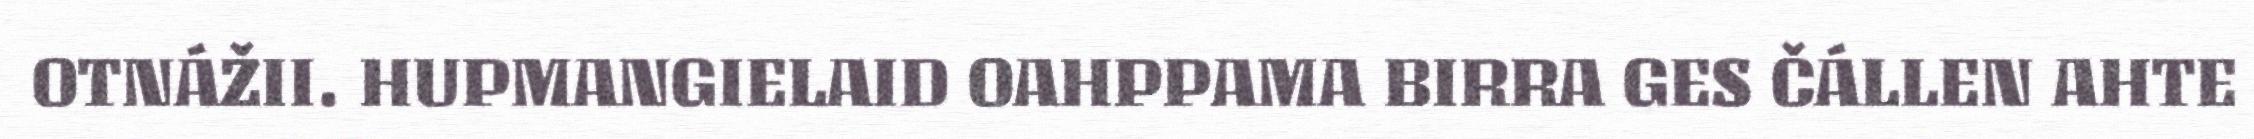
OTNÁŽII. HUPMANGIELAID OAHPPAMA BIRRA GES ČÁLLEN AHTE